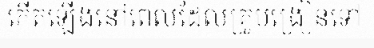
កើតឡើងនៅពេលដែលគ្រូបង្រៀនទៅ